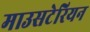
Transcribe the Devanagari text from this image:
माउसटेरियन